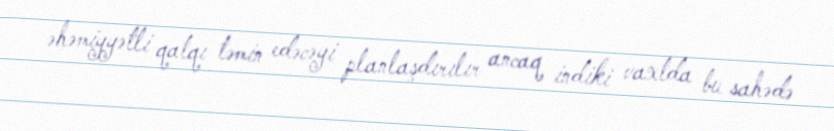
əhəmiyyətli qatqı təmin edəcəyi planlaşdırılır ancaq indiki vaxtda bu sahədə